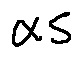
\alpha s